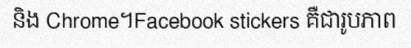
និង Chrome។Facebook stickers គឺជារូបភាព